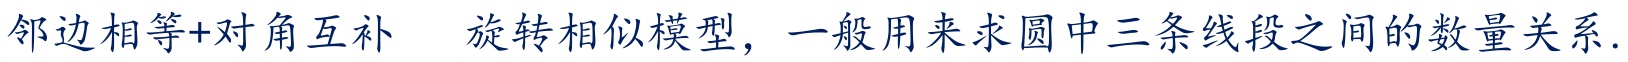
邻边相等+对角互补  旋转相似模型，一般用来求圆中三条线段之间的数量关系.